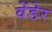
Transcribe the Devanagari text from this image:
वेंडेर